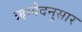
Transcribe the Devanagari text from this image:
ऋग्वेदनुसार